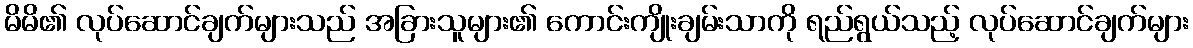
မိမိ၏ လုပ်ဆောင်ချက်များသည် အခြားသူများ၏ ကောင်းကျိုးချမ်းသာကို ရည်ရွယ်သည့် လုပ်ဆောင်ချက်များ